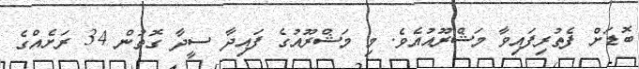
ބޮޑަށް ފެތުރިފައިވާ މަޝްރޫއުއެވެ. މި މަޝްރޫއުގެ ފައިދާ ސީދާ ގޮތުން 34 ރަށެއްގެ